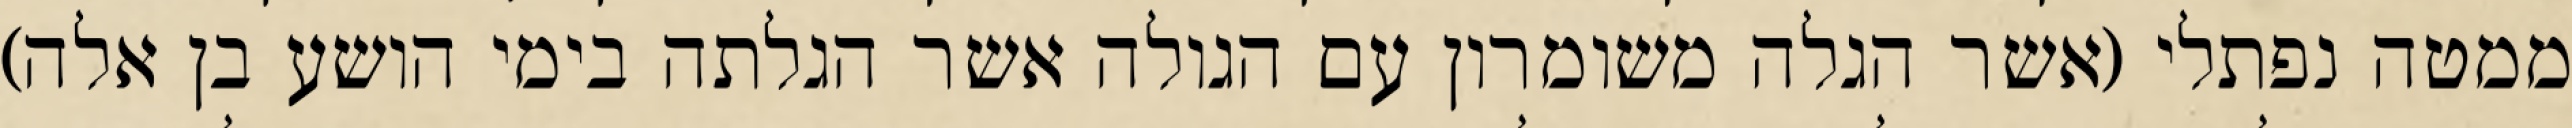
ממטה נפתלי (אשר הגלה משומרון עם הגולה אשר הגלתה בימי הושע בן אלה)